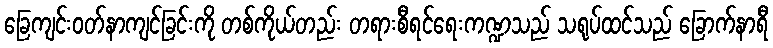
ခြေကျင်းဝတ်နာကျင်ခြင်းကို တစ်ကိုယ်တည်း တရားစီရင်ရေးကဏ္ဍသည် သရုပ်ထင်သည် ခြောက်နာရီ